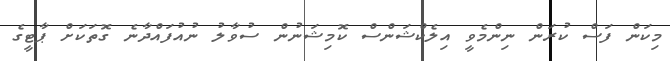
މިކަން ފަސް ކުރަން ނިންމެވީ އިލެކްޝަންސް ކޮމިޝަނުން ސުވާލު ނުއުފައްދާނެ ގޮތަކަށް ޕާޓީގެ